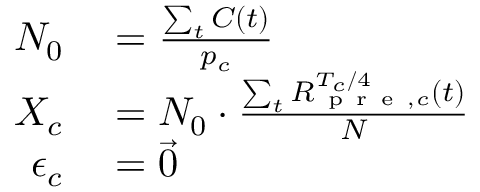
\begin{array} { r l } { N _ { 0 } } & { { } = \frac { \sum _ { t } C ( t ) } { p _ { c } } } \\ { X _ { c } } & { { } = N _ { 0 } \cdot \frac { \sum _ { t } R _ { \mathrm { ~ p ~ r ~ e ~ } , c } ^ { T _ { c } / 4 } ( t ) } { N } } \\ { \epsilon _ { c } } & { { } = \vec { 0 } } \end{array}